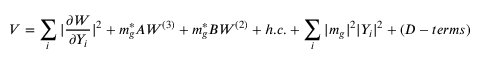
V = \sum _ { i } | \frac { \partial W } { \partial Y _ { i } } | ^ { 2 } + m _ { g } ^ { * } A W ^ { ( 3 ) } + m _ { g } ^ { * } B W ^ { ( 2 ) } + h . c . + \sum _ { i } | m _ { g } | ^ { 2 } | Y _ { i } | ^ { 2 } + ( D - t e r m s )